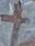
Text: +